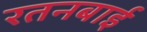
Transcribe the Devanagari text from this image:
रतनबाई